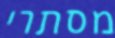
מסתרי